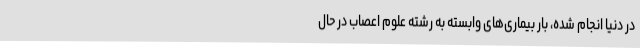
در دنیا انجام شده، بار بیماری‌های وابسته به رشته علوم اعصاب در حال